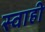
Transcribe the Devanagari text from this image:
स्वाही